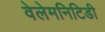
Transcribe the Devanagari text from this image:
वेलेमनिटिडी